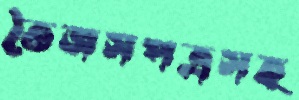
তৈজসপত্রসহ